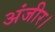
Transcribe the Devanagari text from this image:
अंजीर।